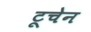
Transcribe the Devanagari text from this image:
टूचेन